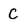
Character: C